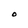
Character: O